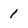
Character: 1